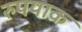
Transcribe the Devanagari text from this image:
रुपयाक